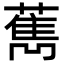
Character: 𦼱